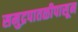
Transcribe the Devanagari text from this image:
समुद्रपातळीपासून